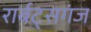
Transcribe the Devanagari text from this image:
रार्बट्सगंज